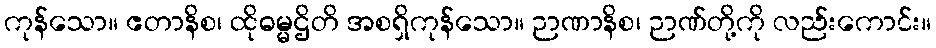
ကုန်သော။ ဧတာနိစ၊ ထိုဓမ္မဌိတိ အစရှိကုန်သော။ ဉာဏာနိစ၊ ဉာဏ်တို့ကို လည်းကောင်း။